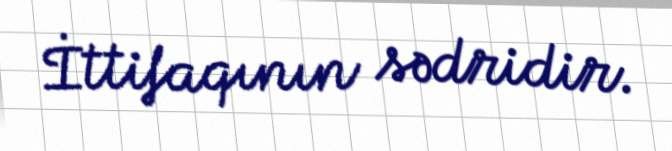
İttifaqının sədridir.